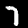
Digit: 7